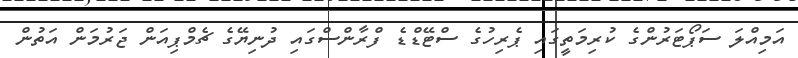
އަމިއްލަ ސަޕޯޓަރުންގެ ކުރިމަތީގައި ޕެރިހުގެ ސްޓޭޑްޑެ ފްރާންސްގައި ދުނިޔޭގެ ޗެމްޕިއަން ޖަރުމަން އަތުން